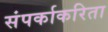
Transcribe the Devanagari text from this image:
संपर्काकरिता